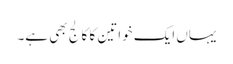
یہاں ایک خواتین کا کالج بھی ہے۔